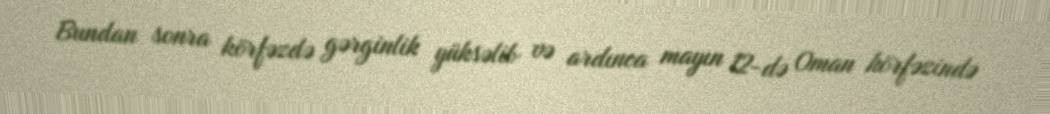
Bundan sonra körfəzdə gərginlik yüksəlib və ardınca mayın 12-də Oman körfəzində